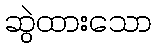
ဆွဲထားသော